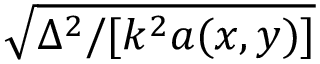
\sqrt { \Delta ^ { 2 } / [ k ^ { 2 } a ( x , y ) ] }